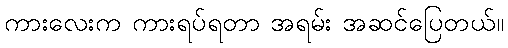
ကားလေးက ကားရပ်ရတာ အရမ်း အဆင်ပြေတယ်။